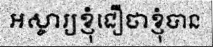
អស្ចារ្យខ្ញុំជឿថាខ្ញុំបាន